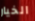
الخيار